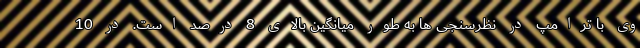
وی با ترامپ در نظرسنجی ها به طور میانگین بالای 8 درصد است. در 10